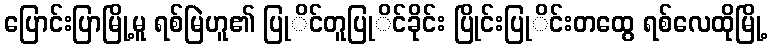
ပြောင်းပြာမြို့မူ ရစ်မြဲဟူ၏ ပြုိင်တူပြုိင်ခိုင်း ပြိုင်းပြုိင်းတထွေ ရစ်လေထိုမြို့